Leaving Certificate Examination (including Day School Certificate (Higher) General paper), 1926
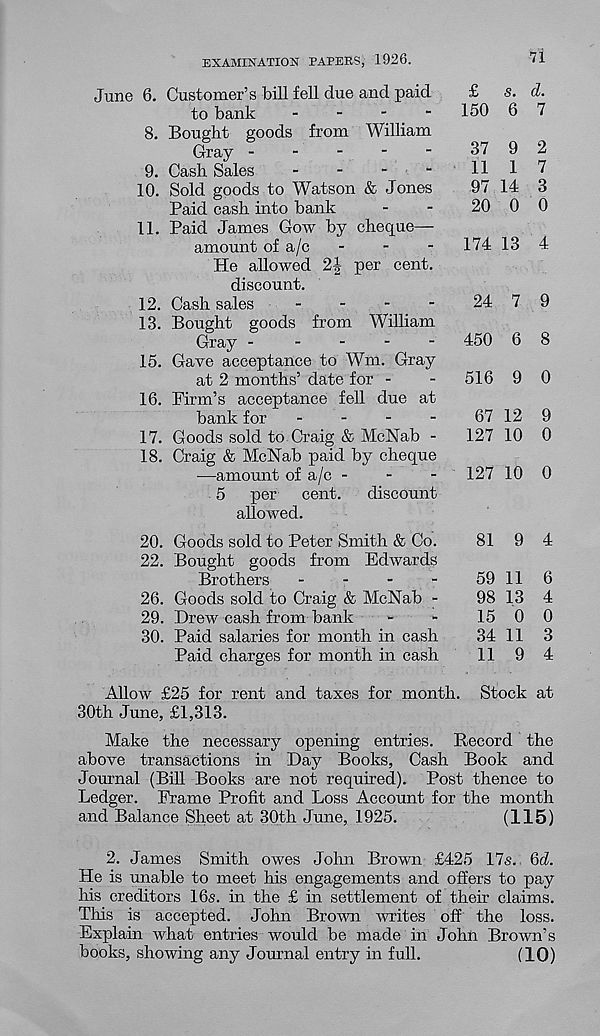
EXAMINATION PAPERS, 1926.
71
June 6. Customer’s bill fell due and paid
to bank
-
-
-
-
8. Bought goods from William
Gray
9. Cash Sales
-
10. Sold goods to Watson & Jones
Paid cash into bank
11. Paid James Gow by cheque—
amount of a/c
He allowed 2| per cent,
discount.
12. Cash sales
-
-
-
-
13. Bought goods from William
Gray -
-
-
-
-
15. Gave acceptance to Wm. Gray
at 2 months’ date for -
16. Firm’s acceptance fell due at
bank for
-
17. Goods sold to Craig & McNab -
18. Craig & McNab paid by cheque
—amount of a/c -
5
per
cent.
discount
allowed.
20. Goods sold to Peter Smith & Co.
81 9 4
22. Bought goods from Edwards
Brothers
-
-
-
-
59 116
26. Goods sold to Craig & McNab -
98 13 4
29. Drew cash from bank
~
-
15 0 0
30. Paid salaries for month in cash
34 11 3
Paid charges for month in cash
11 9 4
Allow £25 for rent and taxes for month. Stock at
30th June, £1,313.
Make the necessary opening entries. Record the
above transactions in Day Books, Cash Book and
Journal (Bill Books are not required). Post thence to
Ledger. Frame Profit and Loss Account for the month
and Balance Sheet at 30th June, 1925.
(115)
2. James Smith owes John Brown £425 17s. 6d.
He is unable to meet his engagements and offers to pay
his creditors 16s. in the £ in settlement of their claims.
This is accepted. John Brown writes off the loss.
Explain what entries would be made in John Brown’s
books, showing any Journal entry in full.
(10)
£
s. d.
150 6 7
37 9 2
11 1 7
97 14 3
20 0 0
174 13 4
24 7 9
450 6 8
516 9 0
67 12 9
127 10 0
127 10 0